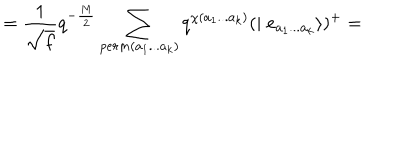
= \frac { 1 } { \sqrt { f } } q ^ { - \frac { M } { 2 } } \sum _ { p e r m ( a _ { 1 } . . . a _ { k } ) } q ^ { \chi ( a _ { 1 } . . . a _ { k } ) } ( \mid e _ { a _ { 1 } . . . a _ { k } } \rangle ) ^ { + } =